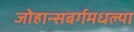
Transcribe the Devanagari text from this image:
जोहान्सबर्गमधल्या